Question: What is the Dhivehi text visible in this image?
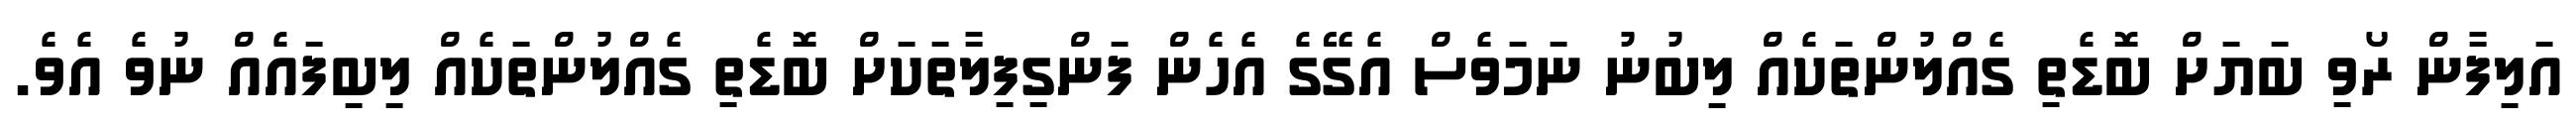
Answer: އަލިފާން ރޯވި ބަޔަށް ބޮޑެތި ގެއްލުންތަކެއް ލިބުނު ނަމަވެސް އެގޭގެ އެހެން ފަންގިފިލާތަކަށް ބޮޑެތި ގެއްލުންތަކެއް ލިބިފައެއް ނުވެ އެވެ.